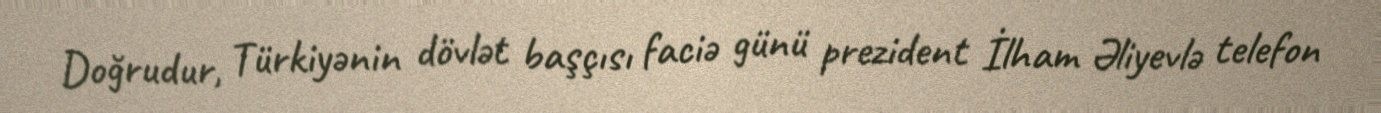
Doğrudur, Türkiyənin dövlət başçısı faciə günü prezident İlham Əliyevlə telefon